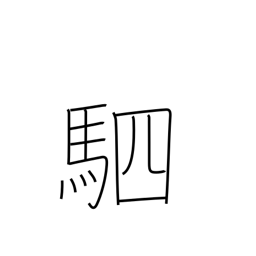
Meaning: four horses